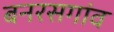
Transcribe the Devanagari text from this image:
बनरसगांव